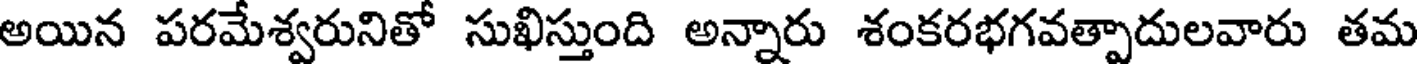
అయిన పరమేశ్వరునితో సుఖిస్తుంది అన్నారు శంకరభగవత్పాదులవారు తమ